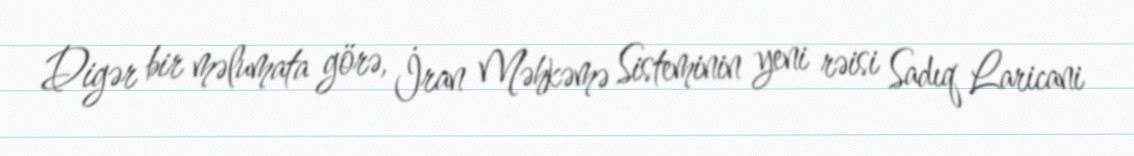
Digər bir məlumata görə, İran Məhkəmə Sisteminin yeni rəisi Sadıq Laricani